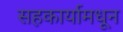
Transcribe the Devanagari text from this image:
सहकार्यामधून